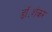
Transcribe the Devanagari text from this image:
डॉ॰शंकर